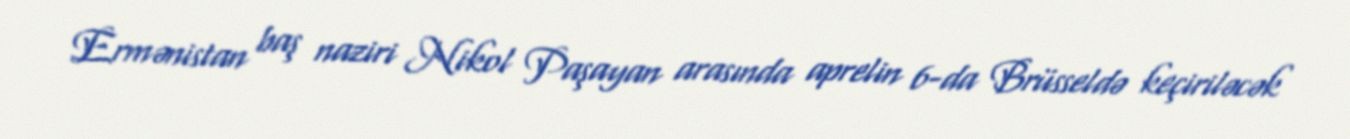
Ermənistan baş naziri Nikol Paşayan arasında aprelin 6-da Brüsseldə keçiriləcək